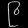
Digit: ၉